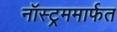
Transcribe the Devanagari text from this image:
नॉस्ट्रममार्फत